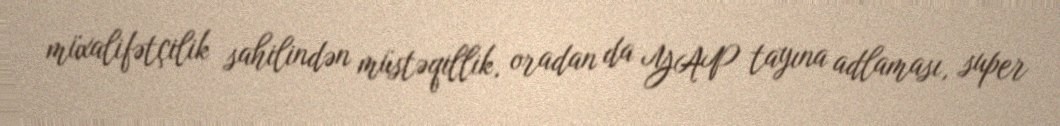
müxalifətçilik sahilindən müstəqillik, oradan da YAP tayına adlaması, super